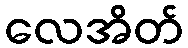
လေအိတ်